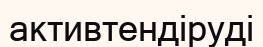
активтендіруді